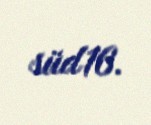
süd16.